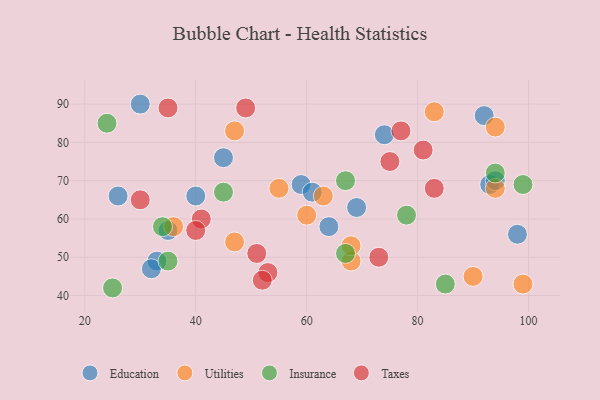
{"axis": {"x": "GDP", "y": "Life Expectancy"}, "legend": ["Education", "Insurance", "Taxes", "Utilities"], "data": [{"x": "98", "y": 56, "type": "Education"}, {"x": "35", "y": 57, "type": "Education"}, {"x": "92", "y": 87, "type": "Education"}, {"x": "40", "y": 66, "type": "Education"}, {"x": "93", "y": 69, "type": "Education"}, {"x": "64", "y": 58, "type": "Education"}, {"x": "59", "y": 69, "type": "Education"}, {"x": "33", "y": 49, "type": "Education"}, {"x": "94", "y": 70, "type": "Education"}, {"x": "45", "y": 76, "type": "Education"}, {"x": "32", "y": 47, "type": "Education"}, {"x": "69", "y": 63, "type": "Education"}, {"x": "30", "y": 90, "type": "Education"}, {"x": "74", "y": 82, "type": "Education"}, {"x": "61", "y": 67, "type": "Education"}, {"x": "26", "y": 66, "type": "Education"}, {"x": "36", "y": 58, "type": "Utilities"}, {"x": "94", "y": 68, "type": "Utilities"}, {"x": "55", "y": 68, "type": "Utilities"}, {"x": "83", "y": 88, "type": "Utilities"}, {"x": "47", "y": 54, "type": "Utilities"}, {"x": "90", "y": 45, "type": "Utilities"}, {"x": "94", "y": 84, "type": "Utilities"}, {"x": "63", "y": 66, "type": "Utilities"}, {"x": "68", "y": 49, "type": "Utilities"}, {"x": "47", "y": 83, "type": "Utilities"}, {"x": "60", "y": 61, "type": "Utilities"}, {"x": "99", "y": 43, "type": "Utilities"}, {"x": "68", "y": 53, "type": "Utilities"}, {"x": "24", "y": 85, "type": "Insurance"}, {"x": "45", "y": 67, "type": "Insurance"}, {"x": "94", "y": 72, "type": "Insurance"}, {"x": "34", "y": 58, "type": "Insurance"}, {"x": "99", "y": 69, "type": "Insurance"}, {"x": "78", "y": 61, "type": "Insurance"}, {"x": "35", "y": 49, "type": "Insurance"}, {"x": "25", "y": 42, "type": "Insurance"}, {"x": "67", "y": 70, "type": "Insurance"}, {"x": "67", "y": 51, "type": "Insurance"}, {"x": "85", "y": 43, "type": "Insurance"}, {"x": "77", "y": 83, "type": "Taxes"}, {"x": "30", "y": 65, "type": "Taxes"}, {"x": "49", "y": 89, "type": "Taxes"}, {"x": "83", "y": 68, "type": "Taxes"}, {"x": "75", "y": 75, "type": "Taxes"}, {"x": "73", "y": 50, "type": "Taxes"}, {"x": "81", "y": 78, "type": "Taxes"}, {"x": "51", "y": 51, "type": "Taxes"}, {"x": "35", "y": 89, "type": "Taxes"}, {"x": "41", "y": 60, "type": "Taxes"}, {"x": "53", "y": 46, "type": "Taxes"}, {"x": "40", "y": 57, "type": "Taxes"}, {"x": "52", "y": 44, "type": "Taxes"}]}